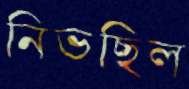
নিভছিল